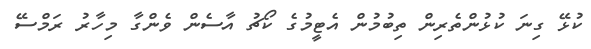
ކުޅޭ ގިނަ ކުޅުންތެރިން ތިބުމުން އެޓީމުގެ ކޯޗު އާސެން ވެންގާ މިހާރު ރަމްސޭ